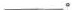
__。